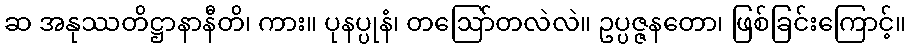
ဆ အနုဿတိဋ္ဌာနာနီတိ၊ ကား။ ပုနပ္ပုနံ၊ တဩော်တလဲလဲ။ ဥပ္ပဇ္ဇနတော၊ ဖြစ်ခြင်းကြောင့်။